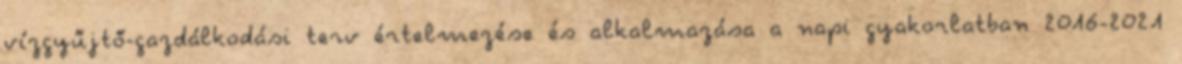
vízgyűjtő-gazdálkodási terv értelmezése és alkalmazása a napi gyakorlatban 2016-2021